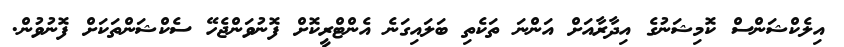
އިލެކްޝަންސް ކޮމިޝަނުގެ އިދާރާއަށް އަންނަ ތަކެތި ބަލައިގަނެ އެންޓްރީކޮށް ފޮނުވަންޖެހޭ ސެކްޝަންތަކަށް ފޮނުވުން.